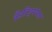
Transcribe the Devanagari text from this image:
बँडविड्थपेक्षा